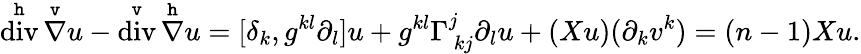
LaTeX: \overset{\mathtt{h}}{\operatorname{div}}\overset{\mathtt{v}}{\nabla}u-\overset{\mathtt{v}}{\operatorname{div}}\overset{\mathtt{h}}{\nabla}u=[\delta_{k},g^{kl}\partial_{l}]u+g^{kl}\Gamma_{\ kj}^{j}\partial_{l}u+(Xu)(\partial_{k}v^{k})=(n-1)Xu.